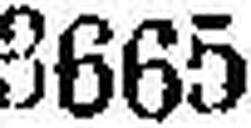
3665